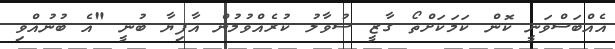
އެއްބަސްވަނީ ކޮން ކަމަކަށްތޯ ގާޒީ ސުވާލު ކުރެއްވުމުން އާފިޔާ ބުނީ "އެ ބުނުއްވި